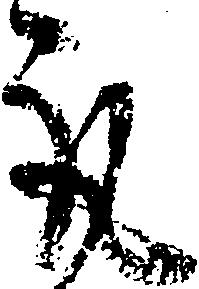
取